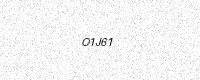
Text: O1J61